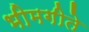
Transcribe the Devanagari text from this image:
भीमगीते